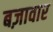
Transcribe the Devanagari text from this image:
बज़ावार